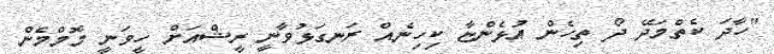
"ހާދަ ކެތްމަދޭ ދޯ ތިހެން އުޅެންޏާ ކިހިނެއް ރަނގަޅުވާނީ ރީޝްއަށް ހީވަނީ މޮމްމެން